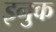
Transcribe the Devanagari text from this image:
इनुक